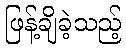
ဖြန့်ချိခဲ့သည့်